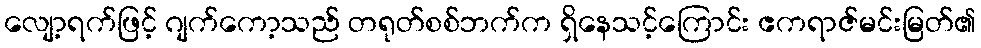
လျော့ရက်ဖြင့် ဂျက်ကော့သည် တရုတ်စစ်ဘက်က ရှိနေသင့်ကြောင်း ဧကရာဇ်မင်းမြတ်၏